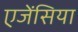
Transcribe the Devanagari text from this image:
एजेंसिया